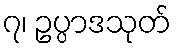
၇၊ ဥပ္ပာဒသုတ်